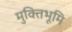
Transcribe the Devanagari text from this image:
मुक्तिभूमि